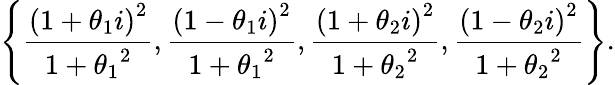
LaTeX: \left\{ {\frac{\left(1+\theta_{1}i\right)^{2}}{1+{\theta_{1}}^{2}}},{\frac{\left(1-\theta_{1}i\right)^{2}}{1+{\theta_{1}}^{2}}},{\frac{\left(1+\theta_{2}i\right)^{2}}{1+{\theta_{2}}^{2}}},{\frac{\left(1-\theta_{2}i\right)^{2}}{1+{\theta_{2}}^{2}}}\right\} .